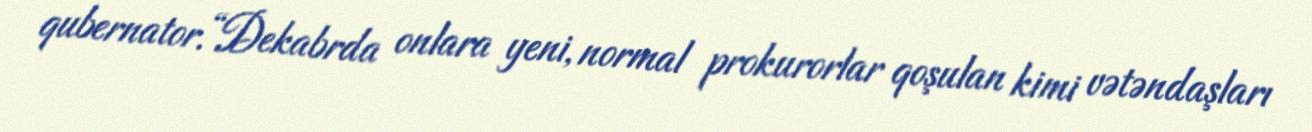
qubernator.“Dekabrda onlara yeni, normal prokurorlar qoşulan kimi vətəndaşları